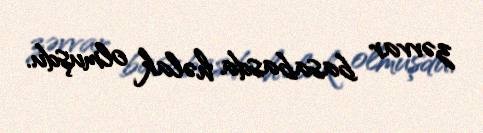
zəvvar basabasda həlak olmuşdu.